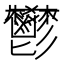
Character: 鬰